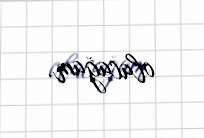
olacağam.